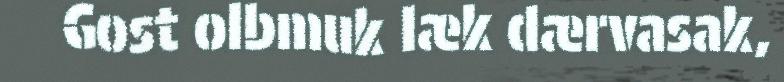
Gost olbmuk læk dærvasak,